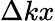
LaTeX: \Delta kx